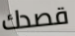
قصدك